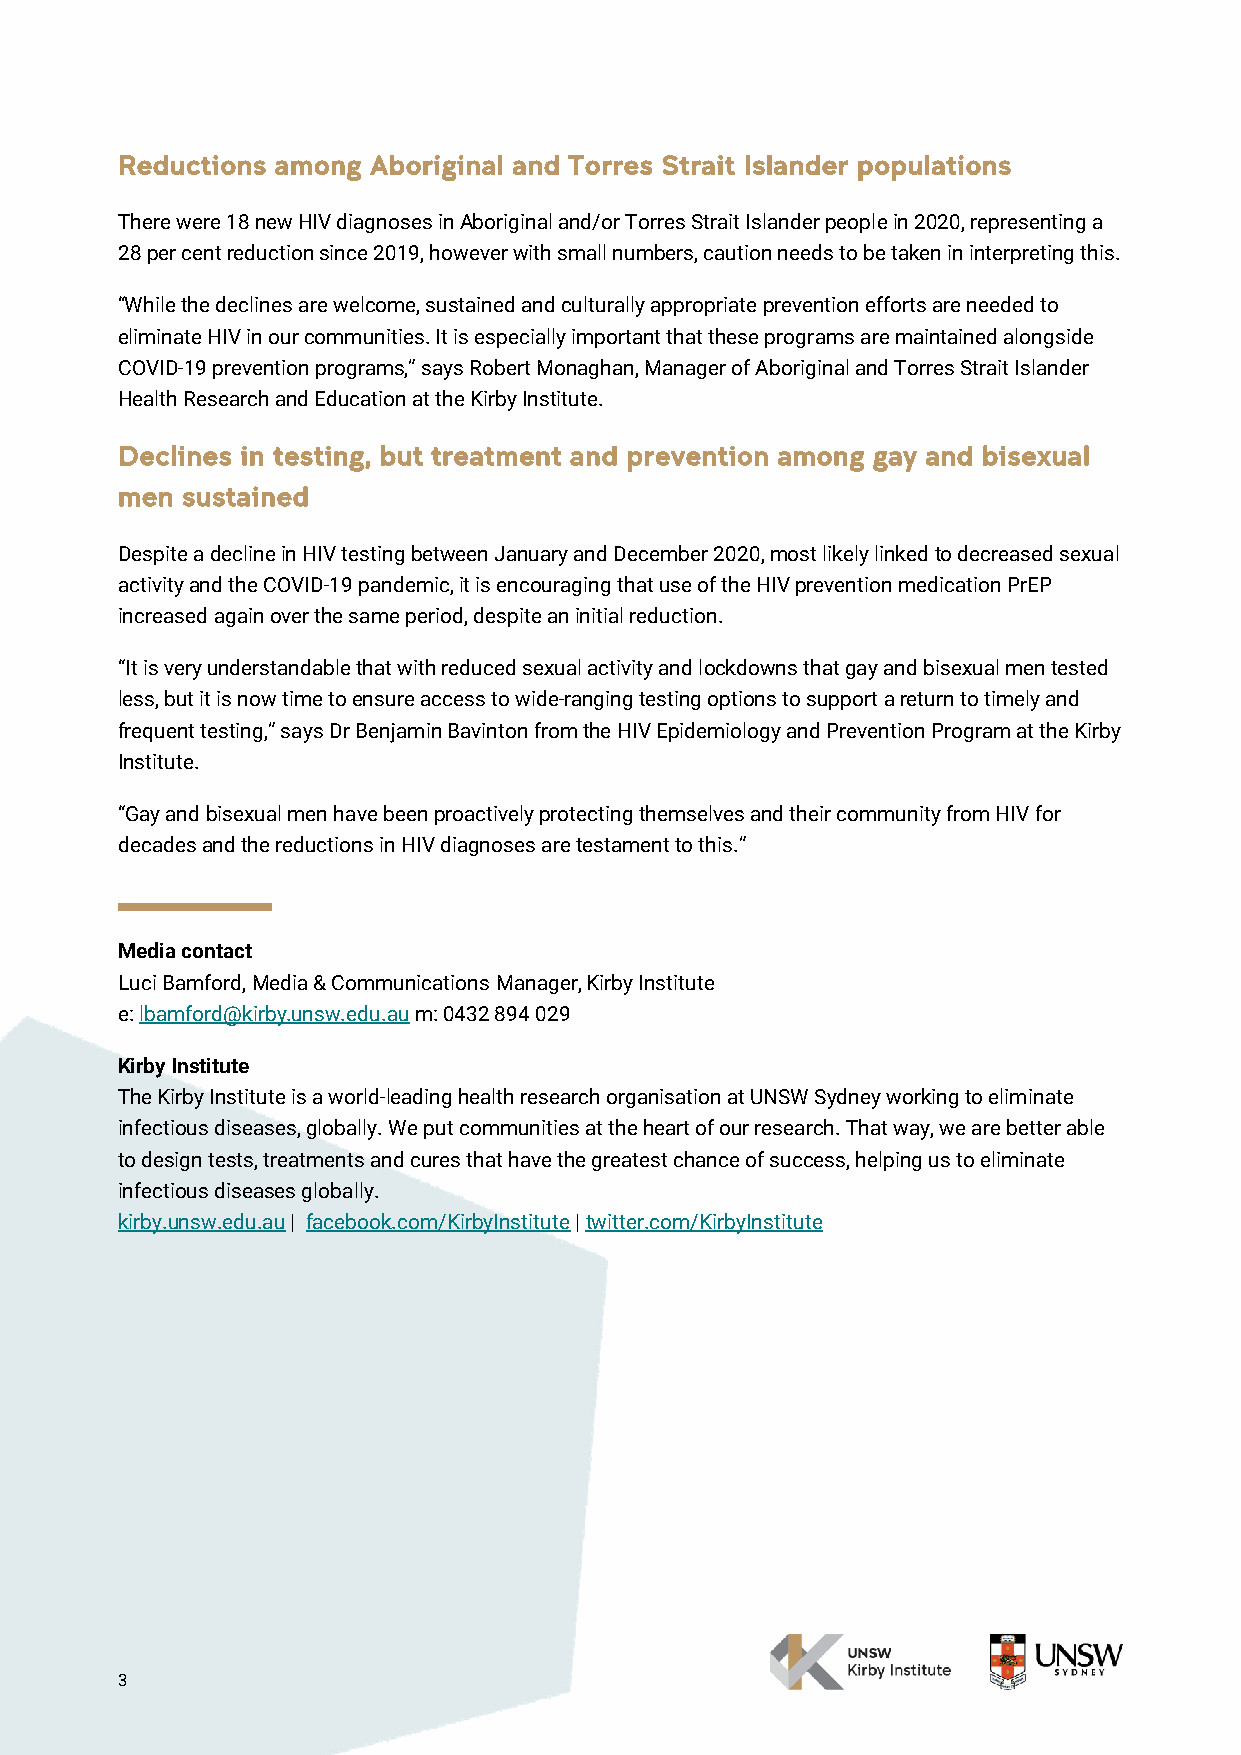
Reductions among Aboriginal and Torres Strait Islander populations
 There were 18 new HIV diagnoses in Aboriginal and/or Torres Strait Islander people in 2020, representing a
 28 per cent reduction since 2019, however with small numbers, caution needs to be taken in interpreting this.
 “While the declines are welcome, sustained and culturally appropriate prevention efforts are needed to
 eliminate HIV in our communities. It is especially important that these programs are maintained alongside
 COVID-19 prevention programs,” says Robert Monaghan, Manager of Aboriginal and Torres Strait Islander
 Health Research and Education at the Kirby Institute.
 Declines in testing, but treatment and prevention among gay and bisexual
 men sustained
 Despite a decline in HIV testing between January and December 2020, most likely linked to decreased sexual
 activity and the COVID-19 pandemic, it is encouraging that use of the HIV prevention medication PrEP
 increased again over the same period, despite an initial reduction.
 “It is very understandable that with reduced sexual activity and lockdowns that gay and bisexual men tested
 less, but it is now time to ensure access to wide-ranging testing options to support a return to timely and
 frequent testing,” says Dr Benjamin Bavinton from the HIV Epidemiology and Prevention Program at the Kirby
 Institute.
 “Gay and bisexual men have been proactively protecting themselves and their community from HIV for
 decades and the reductions in HIV diagnoses are testament to this.”
 Media contact
 Luci Bamford, Media & Communications Manager, Kirby Institute
 e: lbamford@kirby.unsw.edu.au m: 0432 894 029
 Kirby Institute
 The Kirby Institute is a world-leading health research organisation at UNSW Sydney working to eliminate
 infectious diseases, globally. We put communities at the heart of our research. That way, we are better able
 to design tests, treatments and cures that have the greatest chance of success, helping us to eliminate
 infectious diseases globally.
 kirby.unsw.edu.au | facebook.com/KirbyInstitute | twitter.com/KirbyInstitute
 3